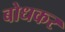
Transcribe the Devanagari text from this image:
बोधकर